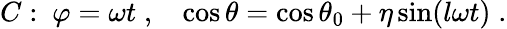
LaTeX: C:~\varphi=\omega t\; ,~~~\cos\theta=\cos\theta_{0}+\eta\sin(l\omega t)\; .